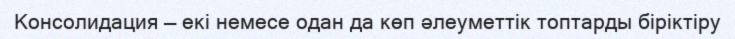
Консолидация — екі немесе одан да көп әлеуметтік топтарды біріктіру